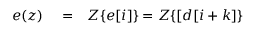
\begin{array} { r l r } { e ( z ) } & { { } = } & { { \cal Z } \{ e [ i ] \} = { \cal Z } \{ [ d [ i + k ] \} } \end{array}